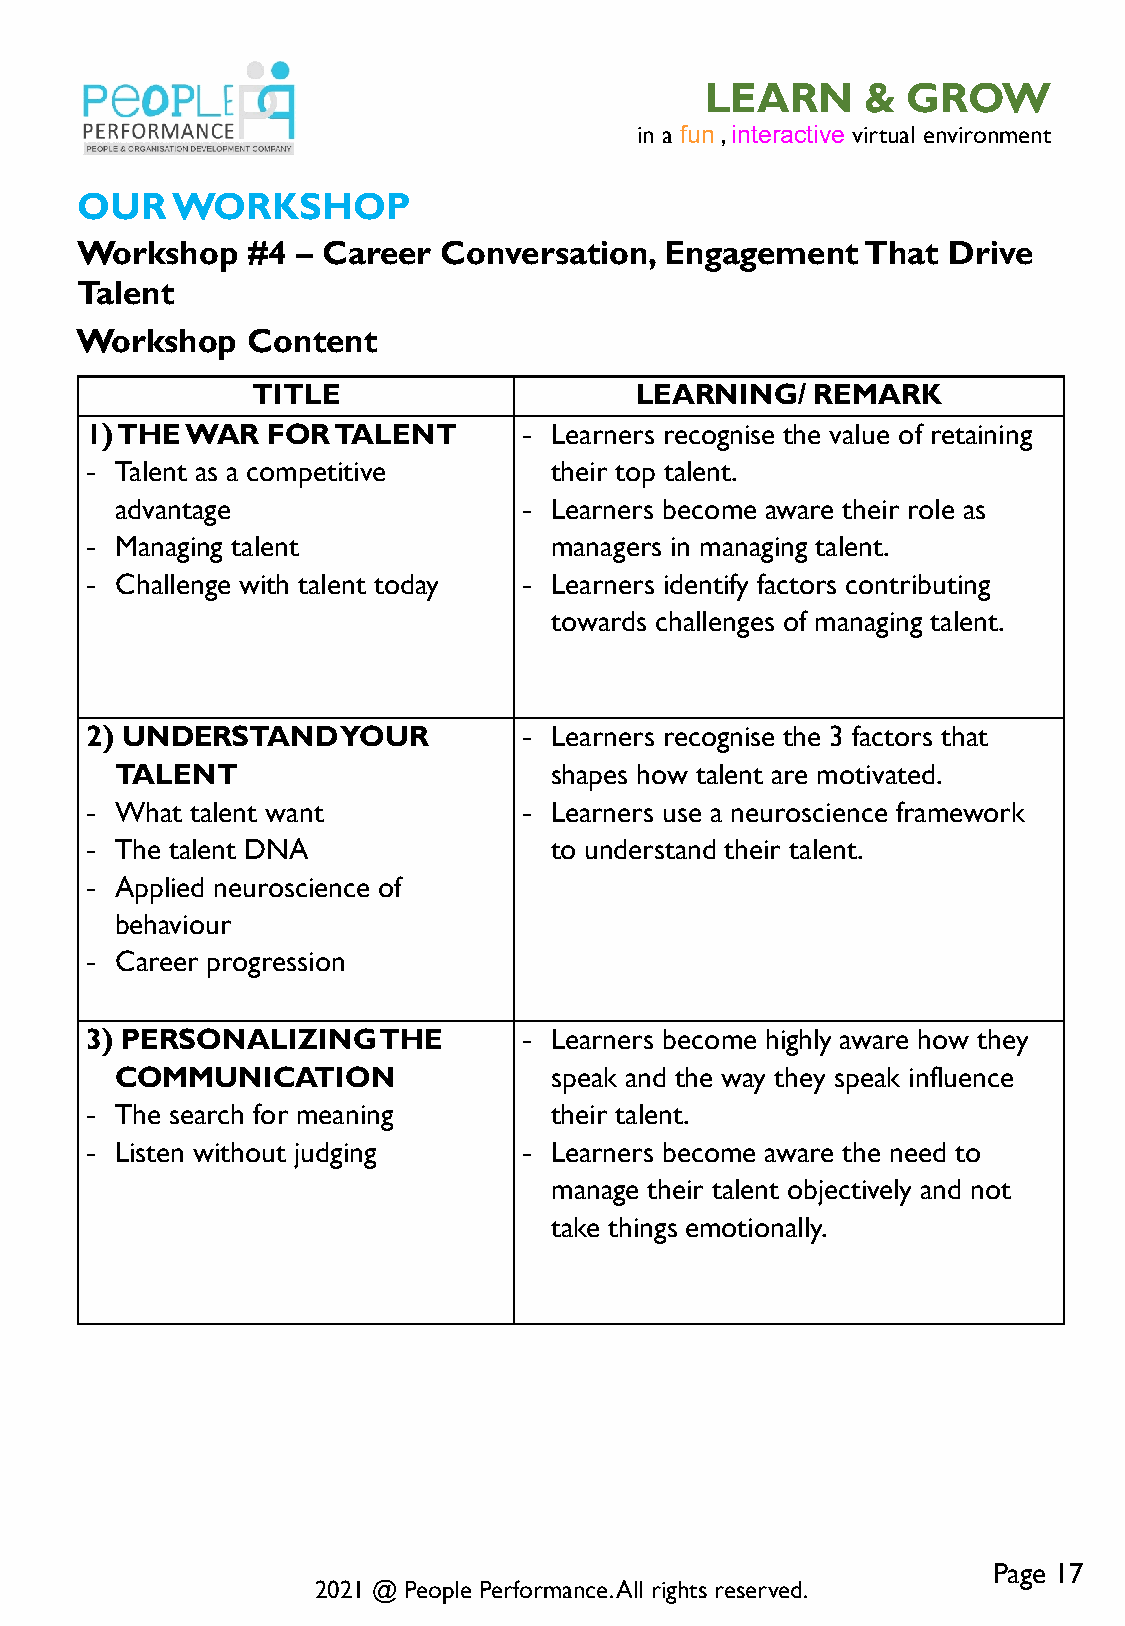
LEARN     &  GROW
 in a fun , interactive virtual environment
 OUR   WORKSHOP
 Workshop   #4  – Career Conversation,  Engagement   That  Drive
 Talent
 Workshop   Content
 TITLE                    LEARNING/   REMARK
 1) THE WAR  FOR TALENT       - Learners recognise the value of retaining
 - Talent as a competitive     their top talent.
 advantage                  - Learners become aware their role as
 - Managing talent             managers in managing talent.
 - Challenge with talent today - Learners identify factors contributing
 towards challenges of managing talent.
 2) UNDERSTAND    YOUR        - Learners recognise the 3 factors that
 TALENT                      shapes how talent are motivated.
 - What talent want           - Learners use a neuroscience framework
 - The talent DNA              to understand their talent.
 - Applied neuroscience of
 behaviour
 - Career progression
 3) PERSONALIZING   THE       - Learners become highly aware how they
 COMMUNICATION               speak and the way they speak influence
 - The search for meaning      their talent.
 - Listen without judging     - Learners become aware the need to
 manage their talent objectively and not
 take things emotionally.
 Page 17
 2021 @ People Performance. All rights reserved.